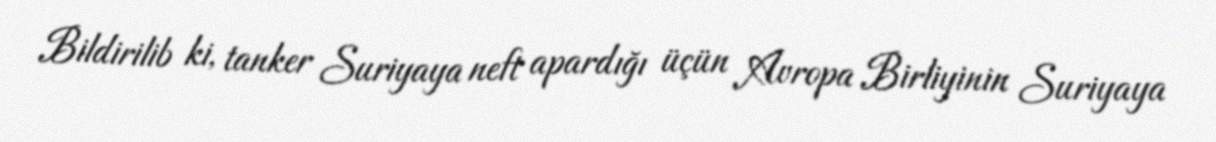
Bildirilib ki, tanker Suriyaya neft apardığı üçün Avropa Birliyinin Suriyaya